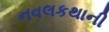
નવલકથાની